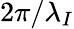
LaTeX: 2\pi/\lambda_{I}